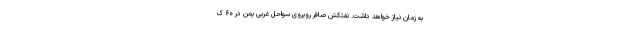
به زمان نیاز خواهد داشت. نفتکش صافر روبروی سواحل غربی یمن در ۶۰ ک